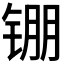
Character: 𬭖